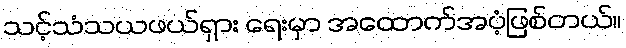
သင့်သံသယဖယ်ရှား ရေးမှာ အထောက်အပံ့ဖြစ်တယ်။